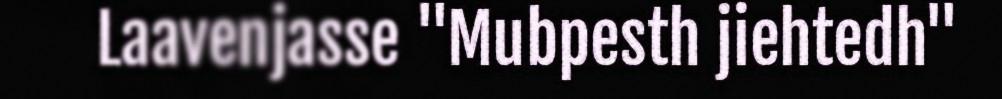
Laavenjasse "Mubpesth jiehtedh"